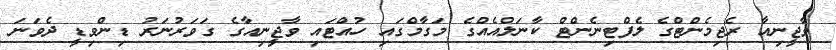
ވާޖީނިއާ ރެޖިމެންޓްގެ ލެފްޓިނެންޓް ކާނަލްއެއްގެ މަގާމްގައި ހުއްޓައި ވާޖީނިއާގެ ގަވަރުނަރު ޑިންވިޑީ ދެވަނަ